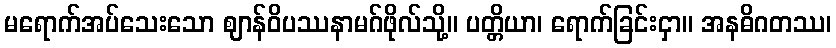
မရောက်အပ်သေးသော ဈာန်ဝိပဿနာမဂ်ဖိုလ်သို့။ ပတ္တိယာ၊ ရောက်ခြင်းငှာ။ အနဓိဂတဿ၊